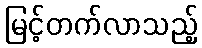
မြင့်တက်လာသည့်